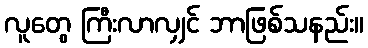
လူတွေ ကြီးလာလျှင် ဘာဖြစ်သနည်း။